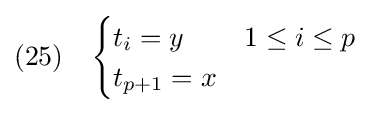
(25)\quad {\begin{cases}t_{i}=y&1\leq i\leq p\\t_{p+1}=x\end{cases}}